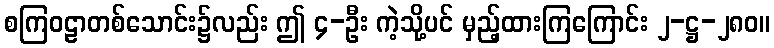
စကြဝဠာတစ်သောင်း၌လည်း ဤ ၄-ဦး ကဲ့သို့ပင် မှည့်ထားကြကြောင်း ၂-ဋ္ဌ-၂၈၀။